Newspaper: Cincinnati daily press. [volume]
Place of publication: Cincinnati [Ohio]
Publisher: Henry Reed & Co.
Date: 1860-08-07 00:00:00
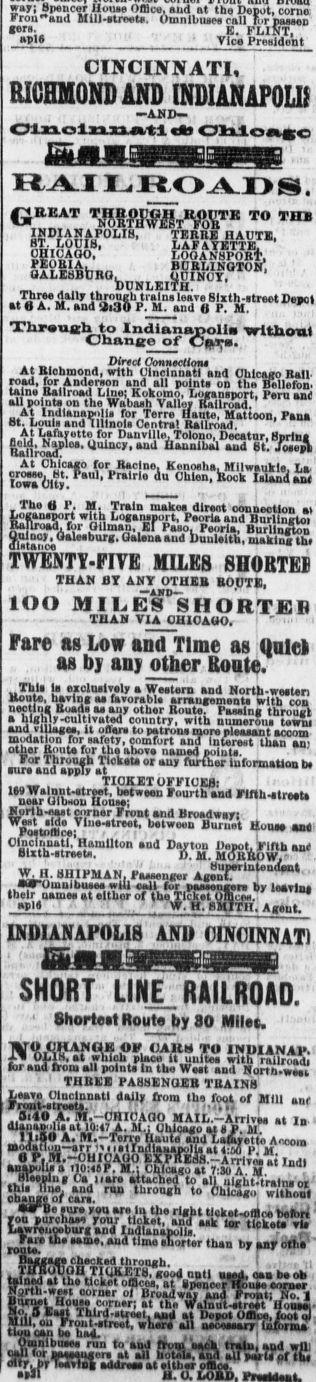
Advertisement text (OCR):
a i-V u.uw ',mn,BLQ me uepot, coma Fronaud Uill.treet. Omnlbiuea rail Fornnjuun to"- E. FLINT. P1 ' Vic President CINCINNATI, RICHMOND AND INDIANAPOLIS —AND— Cincinnati & Chicago RAILROADS. QREAT THBOCGH ROPTR TO (ID !SD,1AEiuP01'18' TEBRB HAUT1, LAFAYETTE, ' CHICAGO, . L0OAN8P0R. . PEOBIA, . BOBLINOTON. OALBtiBbRO. cniNcr, , . vunuisiiQ, ThFaUt nail inrM,nK ti-nU. . Oi-lt. -a a w , Xloriitfh to Indianaoll without . . THrtjct Ckmneetlm ' niDuinopa, wim uincinuati ana Umcfttro Ball all point on the Wabaiih ValUy Railroad. ' At Indiauapolii for Terre Haute, Mat toon, Pans o.. uouib anu iiimoit uentrai Katiroad, At l,ATHtntto flip nunultla T I .. T -. . a a s. sold, Naplc BallroadT At Chic crosse, Ht. Iowa City. Bold. Nanloi. Uuincv. And ilautniiJi Av..a at lailroad. v" At Chlcuo fnr Rarln Tannak. ra. -t. crow, Ht. Paulg Prairie du Ghien. W.k fAllR ZZl c. i Th' Ui ?,n mk olreot connection at logansport with Logansport, Peoria and Burling. Ka lixasd, for Oilman, EI Paso. Peoria, Burlington Qulnoy , OalMburg, Qalana aud lluul.ith, nwklug Uu IWENTY-FIYB MILES SHORTED ittan or aht othib BOUTB, lOO MIUEs'siIORTEB - IHAN VIA 0H10AUO, I " ' . Fare ns Low and Time as Quid , os uj uu; uiuer taumc. U....7 k "u""r wa.H,rn ana nortn-wMten ""if' tfTl1; orable arrangements with con nectiug Boads u any other Boute. Passing througt highly-cultivated country, with numerous tawui and villagea, it oflara to patron, mora pleasant acootn nii-dat on ror safety, comfort and Interast than am otSM Si.'uU 'Vi'1? ab named points. For Through Tiokals or any further infonaatlon be sur and apply at ... . . TICKET OFFICES! ' ' '. . 1W Wa nnttreet, betwgan Fourth and Flfth-treU near UihHou Hons; ui iu-i c rner a ront ana Broaawayi i 1 i torn yiuMtrMt iMtween Buruet Hons an Clnolnnati, Hamilton sud Dayton Depot Fifth anc W H HHIPM AN. Paaaenge, Ar ' their oaiuatt at altbor of tho Ticket ollltw." sanlA Mr w IU friw a . ' W. H. flM.IT H. Aut. INDIANAPOLIS AND CINCINNATI SHORT LINE RAILROAD. Shortest Route by 30 Miles. lV?iti?A?'G.1? 9K ,A,K, Tt INOIANAV. 0I.1S. at which nlaca tt unit srlth .nil..... far and trout all poinU in tbe Wait and Nortn.w-u ' ' TRKUS PtMHyunKB Mn.Tuu trout.sttSJi?nM'' from lll?,J00.1 of Mnl 0i40 A. M.-OHICAOO MAIL.-ArrlvM at In 'iaj'; Is at 10:47 A. M.i Ohioago at P. M. " I.-Torre 6aut. and Lafayette Acoora atoJaflou-arrl'iiairnd aaapo Uat:oO P. At 0 P. M.-OHICAOO tXPrTEdS.-Arrlyo. at Indl Anapolis a tlO:t P. M.I Chicago at T:30 A M J change ot can. ' " witnooi staTBe sur. you are in tb right tlektrlioa xMlhri you purchase your ticket, anaS tjg llck.1? 2 Lawrenoebuxg and Indlanapolli. was w ron!a? " Um ,C"t" ,hB fc' f 0',n Baggag checked through. " ' I , , ii tJXZ ixShfJl18' " d, oaabaot, ij ?f? 1' t,cket "Sic, at Upeunir Hon, oorow SNjrth-west oorn.r ol Broadway and Froall No. vuet House corner; at the Waniuttrot Houai wVii8 tf liilr'i-"eet. and at Depot Omi,ooT3 Sou'can b. uaiT:"" ' r,,U" Ouinlbuse run to and from aaca. train, and will call tor asMHMuger at all hottila, aud all Pai ls uf tut oity, byTSViag addna at tlb-r offio." H v1' O.
Label: illustrations